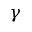
\gamma